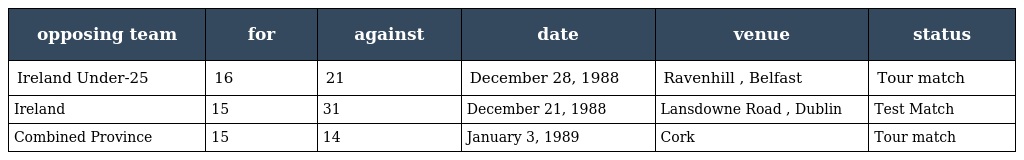
| opposing team | for | against | date | venue | status |
 | --- | --- | --- | --- | --- | --- |
 | Ireland Under-25 | 16 | 21 | December 28, 1988 | Ravenhill , Belfast | Tour match |
 | Ireland | 15 | 31 | December 21, 1988 | Lansdowne Road , Dublin | Test Match |
 | Combined Province | 15 | 14 | January 3, 1989 | Cork | Tour match |